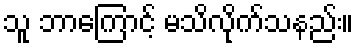
သူ ဘာကြောင့် မသိလိုက်သနည်း။